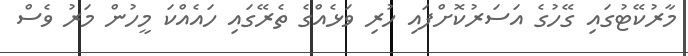
މާރުކޭޓުގައި ގޭހުގެ އަސަރުކޮށްފައި ހުރި ވަޅެއްގެ ތެރޭގައި ހައެއްކަ މީހުން މަރު ވެސް